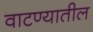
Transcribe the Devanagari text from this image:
वाटण्यातील